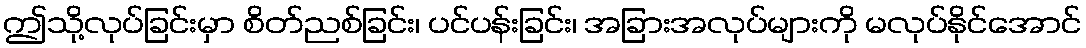
ဤသို့လုပ်ခြင်းမှာ စိတ်ညစ်ခြင်း၊ ပင်ပန်းခြင်း၊ အခြားအလုပ်များကို မလုပ်နိုင်အောင်